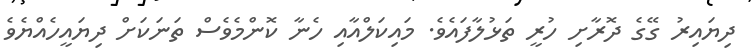
ދިޔައިރު ގޭގެ ދޮރާށި ހުރީ ތަޅުލާފައެވެ. މައިކަލްއާއި ހެނާ ކޮންމެވެސް ތަނަކަށް ދިޔައީހެއްޔެވެ